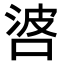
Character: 𠴸